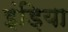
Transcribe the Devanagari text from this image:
इंड़िया